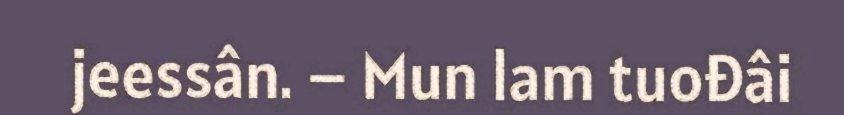
jeessân. – Mun lam tuođâi